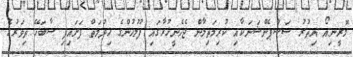
މޮރީނިއޯ އިތުރު ސަސްޕެންޝަނަކާއި ކުރިމަތިލާން ޖެހެނީހުރާގައި ފުލުހުންގެ ޚިދުމަތް ފަށައިފި ސާބަހޭ ތިވަރުގެ